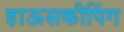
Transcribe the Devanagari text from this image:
हाऊसकीपिंग